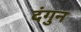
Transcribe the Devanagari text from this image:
दंगुन